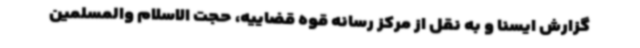
گزارش ایسنا و به نقل از مرکز رسانه قوه قضاییه، حجت الاسلام والمسلمین